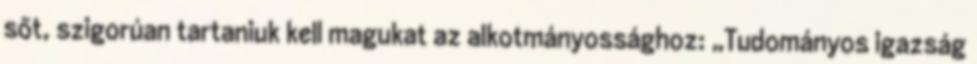
sőt, szigorúan tartaniuk kell magukat az alkotmányossághoz: „Tudományos igazság